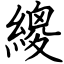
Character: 繌